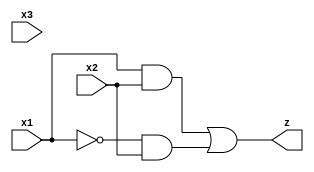
`timescale 1ns/1ps

module c11_9(x1, x2, x3, z);
input x1, x2, x3;
output z;
wire w1, w2;

    and(w1, x1, x2);
    and(w2, ~x1, x2);

    assign #10 d = w2;
    or (z, w1, d);

endmodule